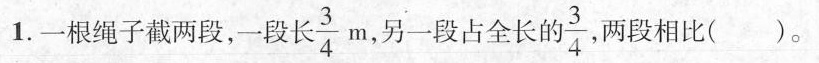
1.一根绳子截两段，一段计 \frac{3}{4} m，另一段占全长 \frac{3}{4}，两段相比()。